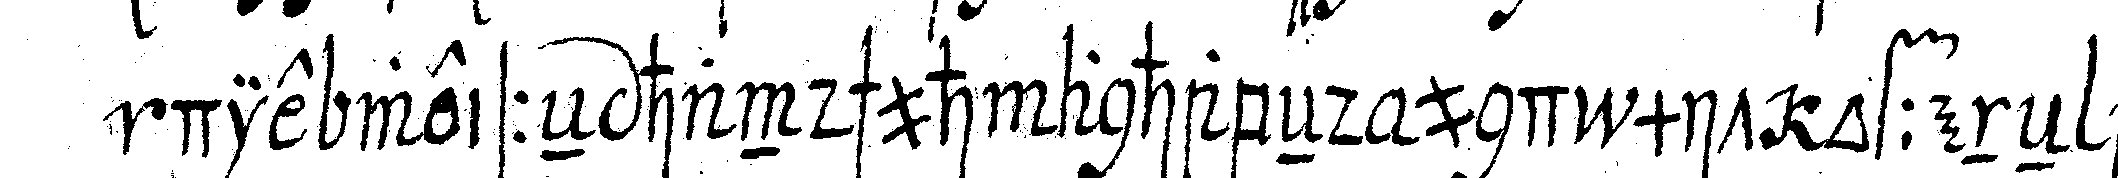
die weisseN handschuh anhabeNd und mit offeneN au